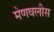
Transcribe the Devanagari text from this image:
मेणवलीस